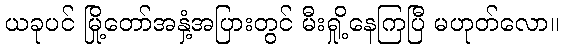
ယခုပင် မြို့တော်အနှံ့အပြားတွင် မီးရှို့နေကြပြီ မဟုတ်လော။